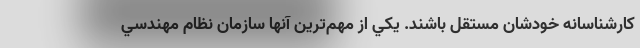
كارشناسانه خودشان مستقل باشند. يكي از مهم‌ترين آنها سازمان نظام مهندسي